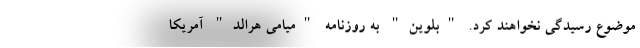
موضوع رسیدگی نخواهند کرد. "بلوین" به روزنامه "میامی هرالد" آمریکا